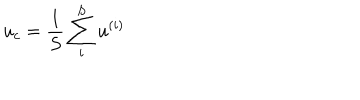
u _ { c } = \frac 1 S \sum _ { i } ^ { S } u ^ { ( i ) }